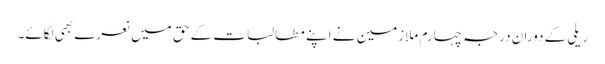
ریلی کے دوران درجہ چہارم ملازمین نے اپنے مطالبات کے حق میں نعرے بھی لگائے۔